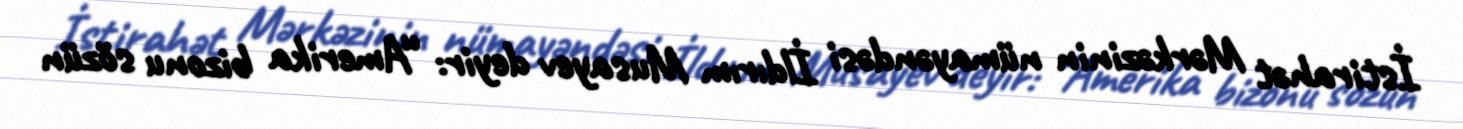
İstirahət Mərkəzinin nümayəndəsi İldırım Musayev deyir: “Amerika bizonu sözün